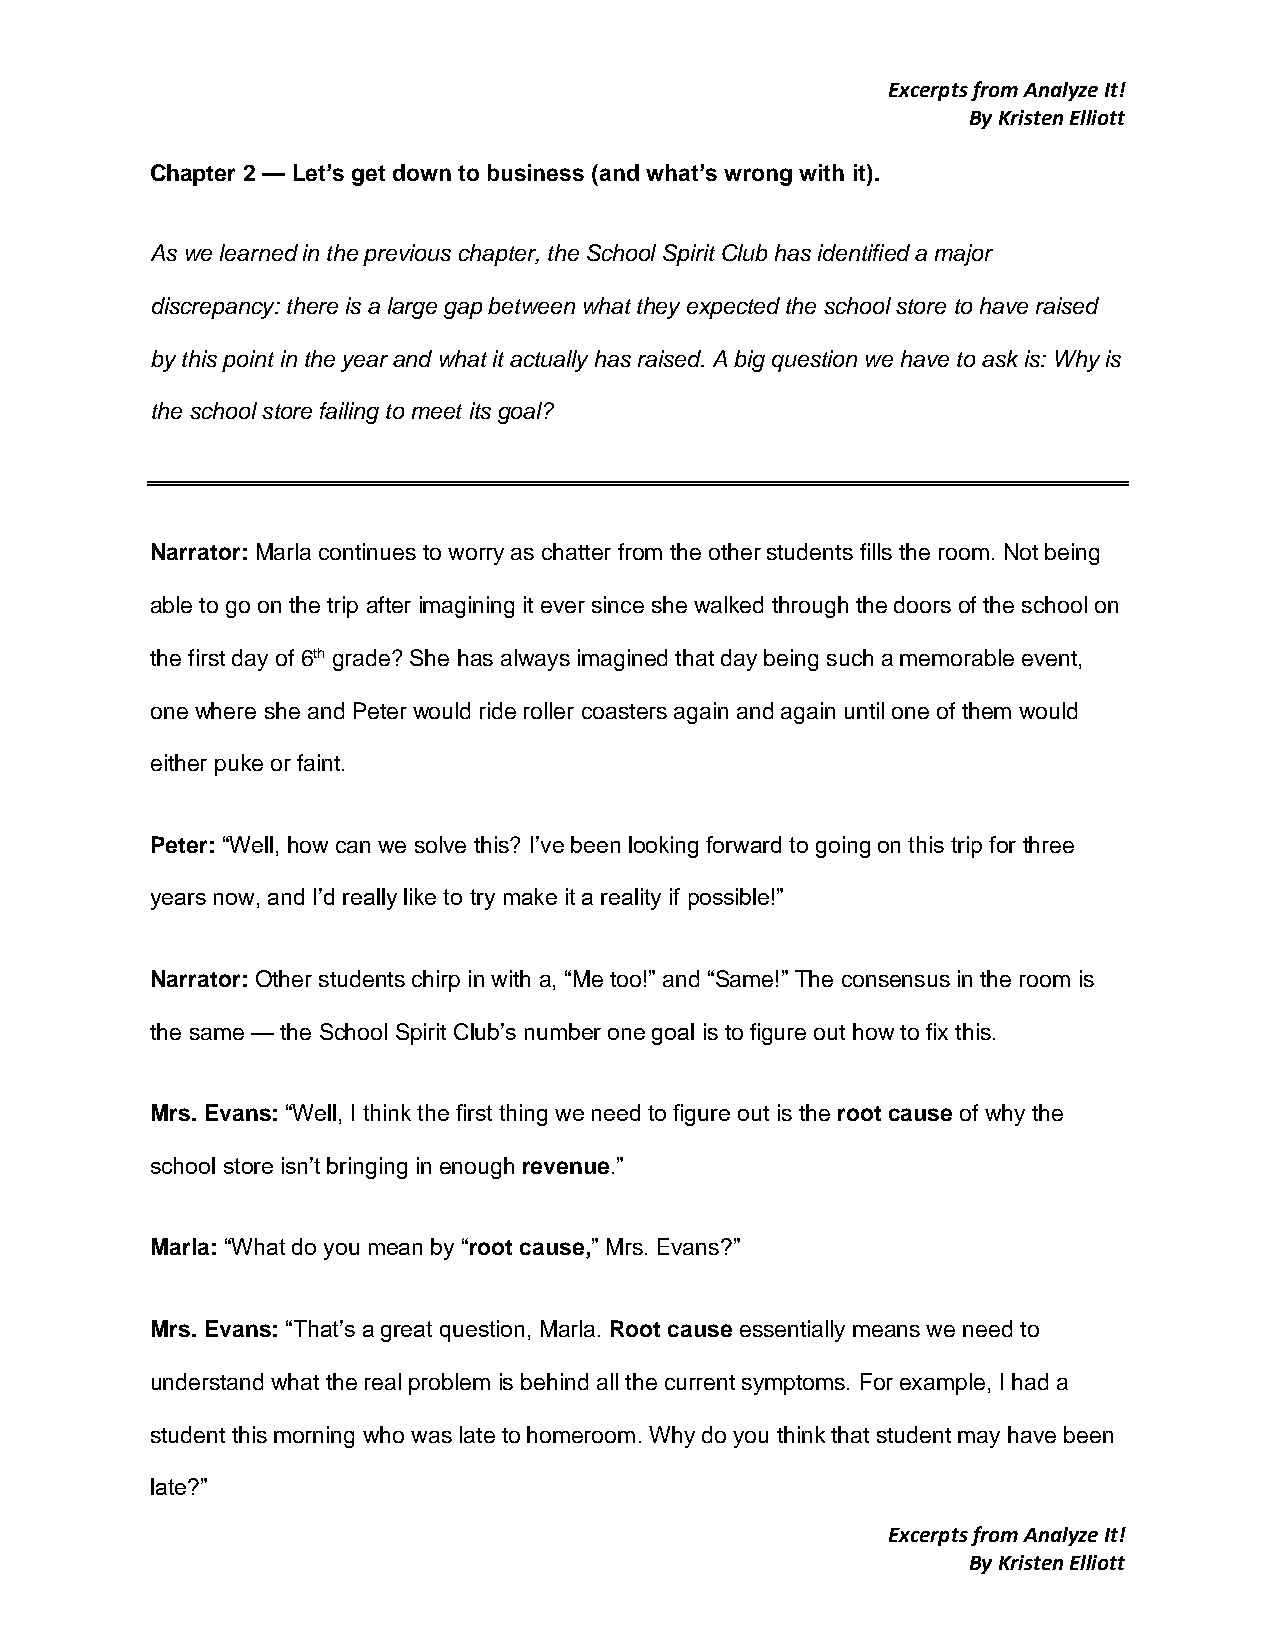
Excerpts from Analyze It!
 By Kristen Elliott
 Chapter 2 — Let’s get down to business (and what’s wrong with it).
 As we learned in the previous chapter, the School Spirit Club has identified a major
 discrepancy: there is a large gap between what they expected the school store to have raised
 by this point in the year and what it actually has raised. A big question we have to ask is: Why is
 the school store failing to meet its goal?
 Narrator: Marla continues to worry as chatter from the other students fills the room. Not being
 able to go on the trip after imagining it ever since she walked through the doors of the school on
 the first day of 6th grade? She has always imagined that day being such a memorable event,
 one where she and Peter would ride roller coasters again and again until one of them would
 either puke or faint.
 Peter: “Well, how can we solve this? I’ve been looking forward to going on this trip for three
 years now, and I’d really like to try make it a reality if possible!”
 Narrator: Other students chirp in with a, “Me too!” and “Same!” The consensus in the room is
 the same — the School Spirit Club’s number one goal is to figure out how to fix this.
 Mrs. Evans: “Well, I think the first thing we need to figure out is the root cause of why the
 school store isn’t bringing in enough revenue.”
 Marla: “What do you mean by “root cause,” Mrs. Evans?”
 Mrs. Evans: “That’s a great question, Marla. Root cause essentially means we need to
 understand what the real problem is behind all the current symptoms. For example, I had a
 student this morning who was late to homeroom. Why do you think that student may have been
 late?”
 Excerpts from Analyze It!
 By Kristen Elliott